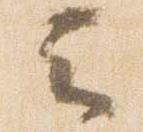
云